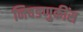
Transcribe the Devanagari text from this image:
निवडणुकींस